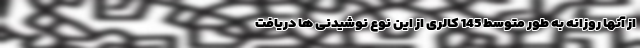
از آنها روزانه به طور متوسط 145 کالری از این نوع نوشیدنی ها دریافت